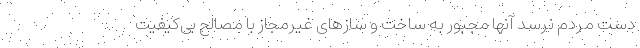
دست مردم نرسد آنها مجبور به ساخت و سازهای غیرمجاز با مصالح بی‌کیفیت